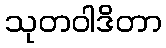
သုတဝါဒိတာ